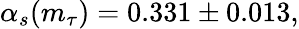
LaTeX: \alpha_{s}(m_{\tau})=0.331\pm 0.013,